Epidemic dropsy in Calcutta - Number 45
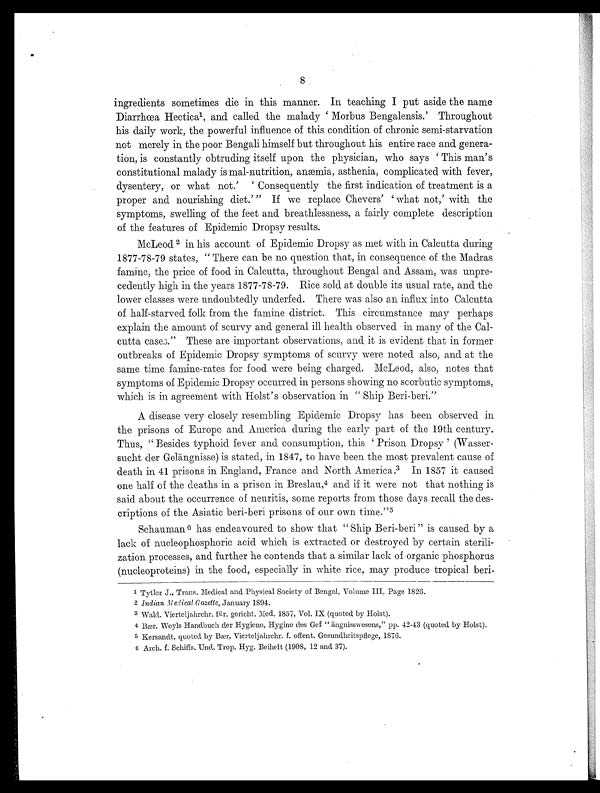
8
ingredients sometimes die in this manner. In teaching I put aside the name
Diarrhœa Hectica1 , and called the malady 'Morbus Bengalensis.' Throughout
his daily work, the powerful influence of this condition of chronic semi-starvation
not merely in the poor Bengali himself but throughout his entire race and genera-
tion, is constantly obtruding itself upon the physician, who says ' This man's
constitutional malady is mal-nutrition, anæmia, asthenia, complicated with fever,
dysentery, or what not. ' ' Consequently the first indication of treatment is a
proper and nourishing diet.' " If we replace Chevers' 'what not,' with the
symptoms, swelling of the feet and breathlessness, a fairly complete description
of the features of Epidemic Dropsy results.
McLeod 2 in his account of Epidemic Dropsy as met with in Calcutta during
1877-78-79 states, " There can be no question that, in consequence of the Madras
famine, the price of food in Calcutta, throughout Bengal and Assam, was unpre-
cedently high in the years 1877-78-79. Rice sold at double its usual rate, and the
lower classes were undoubtedly underfed. There was also an influx into Calcutta
of half-starved folk from the famine district. This circumstance may perhaps
explain the amount of scurvy and general ill health observed in many of the Cal-
cutta cases." These are important observations, and it is evident that in former
outbreaks of Epidemic Dropsy symptoms of scurvy were noted also, and at the
same time famine-rates for food were being charged. McLeod, also, notes that
symptoms of Epidemic Dropsy occurred in persons showing no scorbutic symptoms,
which is in agreement with Hoist's observation in " Ship Beri-beri."
A disease very closely resembling Epidemic Dropsy has been observed in
the prisons of Europe and America during the early part of the 19th century.
Thus, " Besides typhoid fever and consumption, this Prison Dropsy ' (Wasser-
sucht der Geilingnisse) is stated, in 1847, to have been the most prevalent cause of
death in 41 prisons in England, France and North America. 3 I n 1 8 5 7 i t c a u s e d
one half of the deaths in a prison in Breslau, 4 and if it were not that nothing is
said about the occurrence of neuritis, some reports from those days recall the-des-
criptions of the Asiatic beri-beri prisons of our own time." 5
Schauman 6 has endeavoured to show that " Ship Beri-beri " is caused by a
lack of nucleophosphoric acid which is extracted or destroyed by certain sterili-
zation processes, and further he contends that a similar lack of organic phosphorus
(nucleoproteins) in the food, especially in white rice, may produce tropical beri-
1Tytlor J., Trans. Medical and Physical Society of Bengal, volume III, Page 1826.
2Indian Medical Gazette, January 1894.
3 Wald. Vierteljahrchr. für. gericht. Med. 1857, Vol. IX (quoted by Hoist).
4 Bær. Weyls Handbuch der Hygiene, Hygine des Gef " ängnisswesens," pp. 42-43 (quoted by Holst).
5 Kersandt, quoted, by Bær, Vierteljahrchr. f. offent. Gesundheitspffege, 1876.
6 Arch. f. Schiffs. Und. Trop. Hyg. Beiheft (1908, 12 and 37).